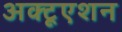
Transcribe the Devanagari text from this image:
अक्टूएशन